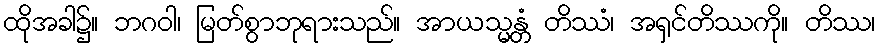
ထိုအခါ၌။ ဘဂဝါ၊ မြတ်စွာဘုရားသည်။ အာယသ္မန္တံ တိဿံ၊ အရှင်တိဿကို။ တိဿ၊